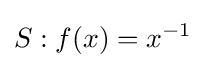
S:f(x)=x^{-1}